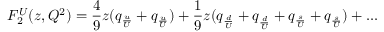
F _ { 2 } ^ { U } ( z , Q ^ { 2 } ) = \frac { 4 } { 9 } z ( q _ { \frac { u } { U } } + q _ { \frac { \bar { u } } { U } } ) + \frac { 1 } { 9 } z ( q _ { \frac { d } { U } } + q _ { \frac { \bar { d } } { U } } + q _ { \frac { s } { U } } + q _ { \frac { \bar { s } } { U } } ) + . . .